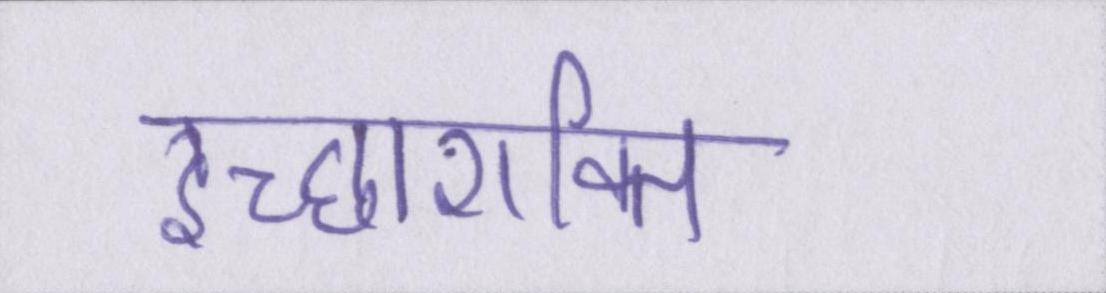
इच्छाशक्ति